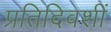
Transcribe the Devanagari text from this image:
प्रतिदिवशीं